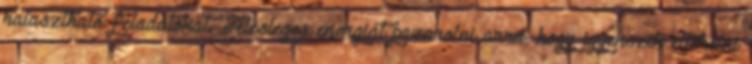
halasztható feladatokat. Felesleges energiát pazarolni arra, hogy igyekszik elterelni